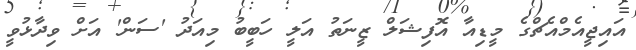
އައިޖީއެމްއެޗްގެ މީޑިއާ އޮފިޝަލް ޒީނަތު އަލީ ހަބީބު މިއަދު 'ސަން' އަށް ވިދާޅުވީ